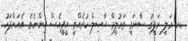
ޑރ ޢަލީ ރަފީގު ސާނަވީ ތަޢުލީމް ޙާޞިލް ކުރެއްވީ އީޕީއެސް އިންނެވެ. އެއަށްފަހު